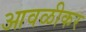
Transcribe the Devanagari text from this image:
आवळीकर